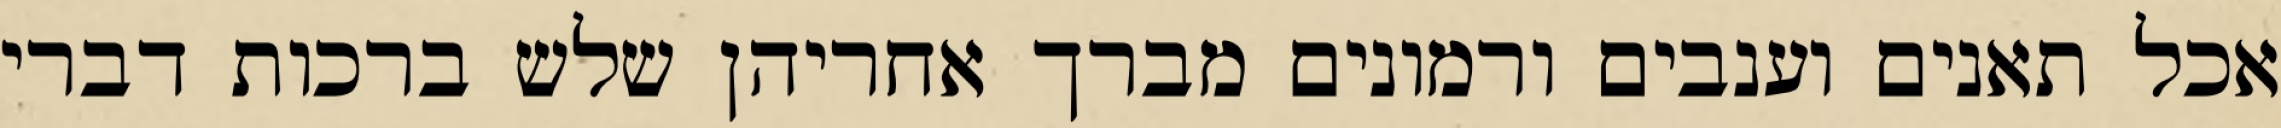
אכל תאנים וענבים ורמונים מברך אחריהן שלש ברכות דברי